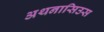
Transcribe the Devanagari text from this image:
अथनासिउस